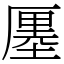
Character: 𠪨